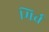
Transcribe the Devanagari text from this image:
मिर्च